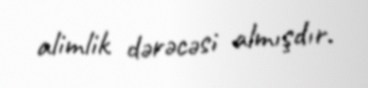
alimlik dərəcəsi almışdır.